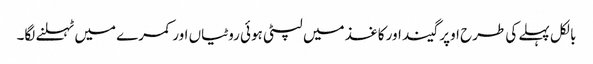
بالکل پہلے کی طرح اوپر گیند اور کاغذ میں لپٹی ہوئی روٹیاں اور کمرے میں ٹہلنے لگا۔